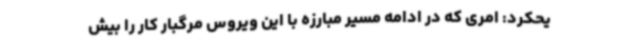
یحکرد: امری که در ادامه مسیر مبارزه با این ویروس مرگبار کار را بیش